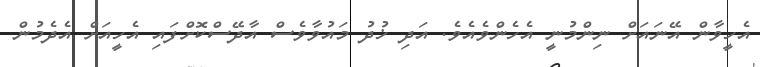
އެހީވާން އޭނައަށް ނިންމުނީ އެހެންވެއެވެ. އަދި ޚުދު މައުވާވެސް އާދޭސްކޮށްފައި އެހީއަށް އެދެމުން